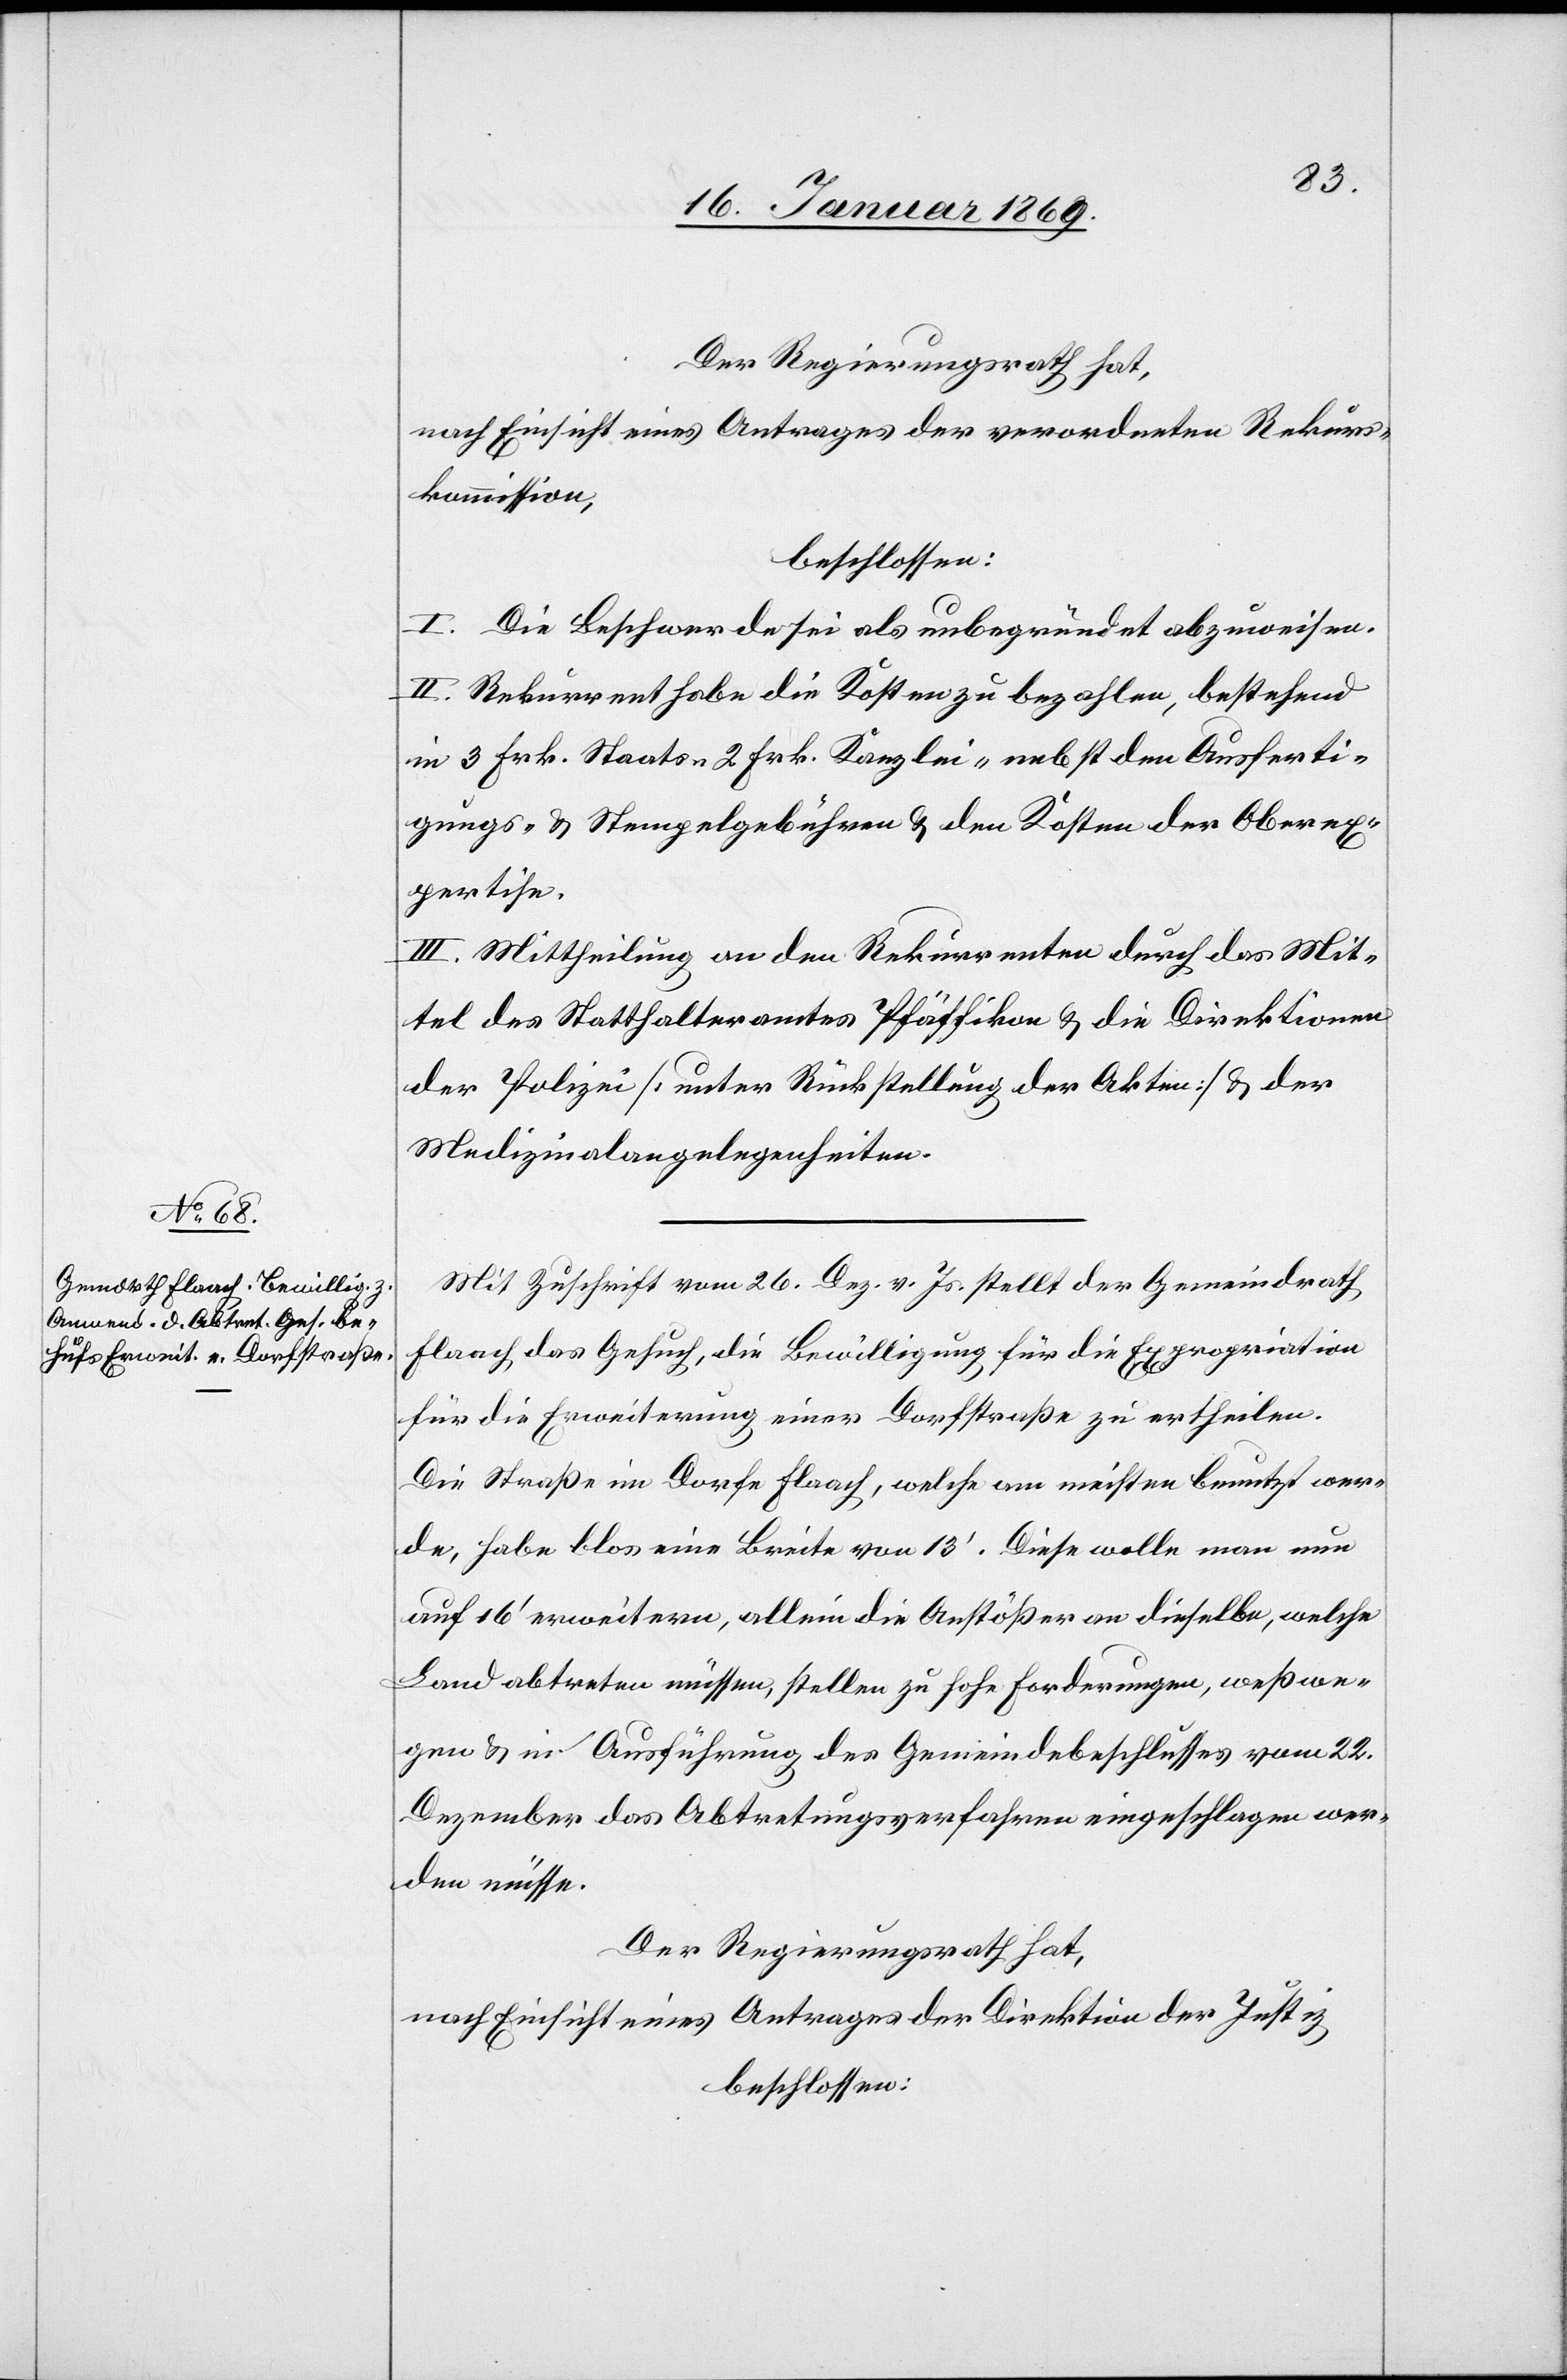
Der Regierungsrath hat,
nach Einsicht eines Antrages der verordneten Rekurs¬
kommission,
beschloßen:
I. Die Beschwerde sei als unbegründet abzuweisen.
II. Rekurrent habe die Kosten zu bezahlen, bestehend
in 3 Frk. Staats- 2 Frk. Kanzlei- nebst den Ausferti¬
gungs- u. Stempelgebühren u. den Kosten der Oberex¬
pertise.
III. Mittheilung an den Rekurrenten durch das Mit¬
tel des Statthalteramtes Pfäffikon u. die Direktionen
der Polizei [unter Rückstellung der Akten] u. der
Medizinalangelegenheiten.
Mit Zuschrift vom 26. Dez. v. Js. stellt der Gemeindrath
Flaach das Gesuch, die Bewilligung für die Expropriation
für die Erweiterung einer Dorfstraße zu ertheilen.
Die Straße im Dorfe Flaach, welche am meisten benutzt wer¬
de, habe blos eine breite von 13’. Diese wolle man nun
auf 16’ erweitern, allein die Anstößer an dieselbe, welche
Land abtreten müssen, stellen zu hohe Forderungen, weßwe¬
gen u. in Ausführung des Gemeindsbeschlusses vom 22.
Dezember das Abtretungsverfahren eingeschlagen wer¬
den müsse.
Der Regierungsrath hat,
nach Einsicht eines Antrages der Direktion der Justiz,
beschlossen: